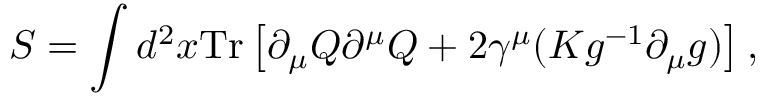
S = \int d ^ { 2 } x \mathrm { T r } \left[ \partial _ { \mu } Q \partial ^ { \mu } Q + 2 \gamma ^ { \mu } ( K g ^ { - 1 } \partial _ { \mu } g ) \right] ,